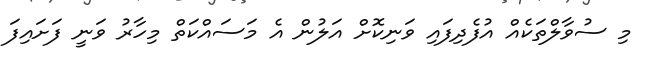
މި ސުވާލްތަކެއް އުފެދިފައި ވަނިކޮށް އަލުން އެ މަސައްކަތް މިހާރު ވަނީ ފަށައިފަ